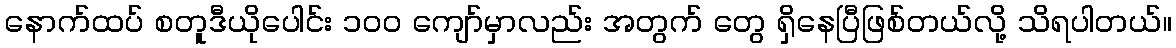
နောက်ထပ် စတူဒီယိုပေါင်း ၁၀၀ ကျော်မှာလည်း အတွက် တွေ ရှိနေပြီဖြစ်တယ်လို့ သိရပါတယ်။